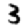
Digit: 3